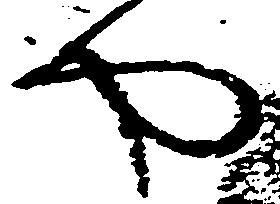
や